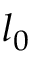
l _ { 0 }